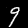
Digit: 9